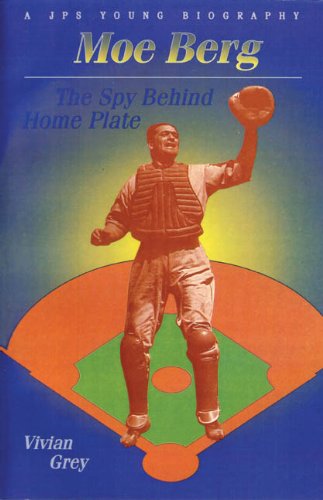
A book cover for Moe Berg: The Spy Behind Home Plate (JPS Young Biography Series); Vivian Grey; Teen & Young Adult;